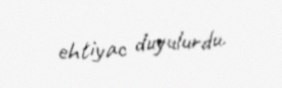
ehtiyac duyulurdu.